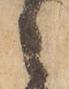
候